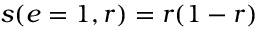
s ( e = 1 , r ) = r ( 1 - r )